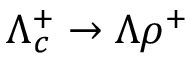
\Lambda _ { c } ^ { + } \to \Lambda \rho ^ { + }